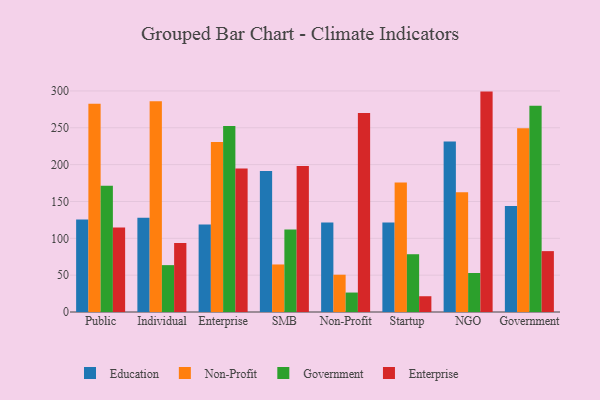
{"axis": {"x": "Segment", "y": "Waste Production (Tons)"}, "legend": ["Education", "Enterprise", "Government", "Non-Profit"], "data": [{"x": "Public", "y": 125.4, "type": "Education"}, {"x": "Public", "y": 282.7, "type": "Non-Profit"}, {"x": "Public", "y": 171.3, "type": "Government"}, {"x": "Public", "y": 114.7, "type": "Enterprise"}, {"x": "Individual", "y": 127.8, "type": "Education"}, {"x": "Individual", "y": 285.9, "type": "Non-Profit"}, {"x": "Individual", "y": 63.6, "type": "Government"}, {"x": "Individual", "y": 93.7, "type": "Enterprise"}, {"x": "Enterprise", "y": 118.8, "type": "Education"}, {"x": "Enterprise", "y": 230.6, "type": "Non-Profit"}, {"x": "Enterprise", "y": 252.3, "type": "Government"}, {"x": "Enterprise", "y": 194.7, "type": "Enterprise"}, {"x": "SMB", "y": 191.4, "type": "Education"}, {"x": "SMB", "y": 64.5, "type": "Non-Profit"}, {"x": "SMB", "y": 112.1, "type": "Government"}, {"x": "SMB", "y": 198.3, "type": "Enterprise"}, {"x": "Non-Profit", "y": 121.4, "type": "Education"}, {"x": "Non-Profit", "y": 50.6, "type": "Non-Profit"}, {"x": "Non-Profit", "y": 26.4, "type": "Government"}, {"x": "Non-Profit", "y": 270.0, "type": "Enterprise"}, {"x": "Startup", "y": 121.5, "type": "Education"}, {"x": "Startup", "y": 175.7, "type": "Non-Profit"}, {"x": "Startup", "y": 78.4, "type": "Government"}, {"x": "Startup", "y": 21.4, "type": "Enterprise"}, {"x": "NGO", "y": 231.4, "type": "Education"}, {"x": "NGO", "y": 162.4, "type": "Non-Profit"}, {"x": "NGO", "y": 52.9, "type": "Government"}, {"x": "NGO", "y": 299.1, "type": "Enterprise"}, {"x": "Government", "y": 143.8, "type": "Education"}, {"x": "Government", "y": 249.3, "type": "Non-Profit"}, {"x": "Government", "y": 280.0, "type": "Government"}, {"x": "Government", "y": 82.6, "type": "Enterprise"}]}